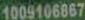
1009106867